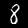
Digit: 8